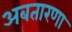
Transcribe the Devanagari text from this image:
अबतारणा